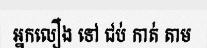
អ្នកលឿង ទៅ ជប់ កាត់ តាម